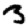
Digit: 3